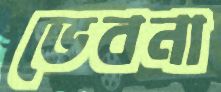
ভেবনা